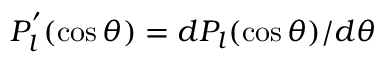
P _ { l } ^ { ' } ( \cos \theta ) = d P _ { l } ( \cos \theta ) / d \theta